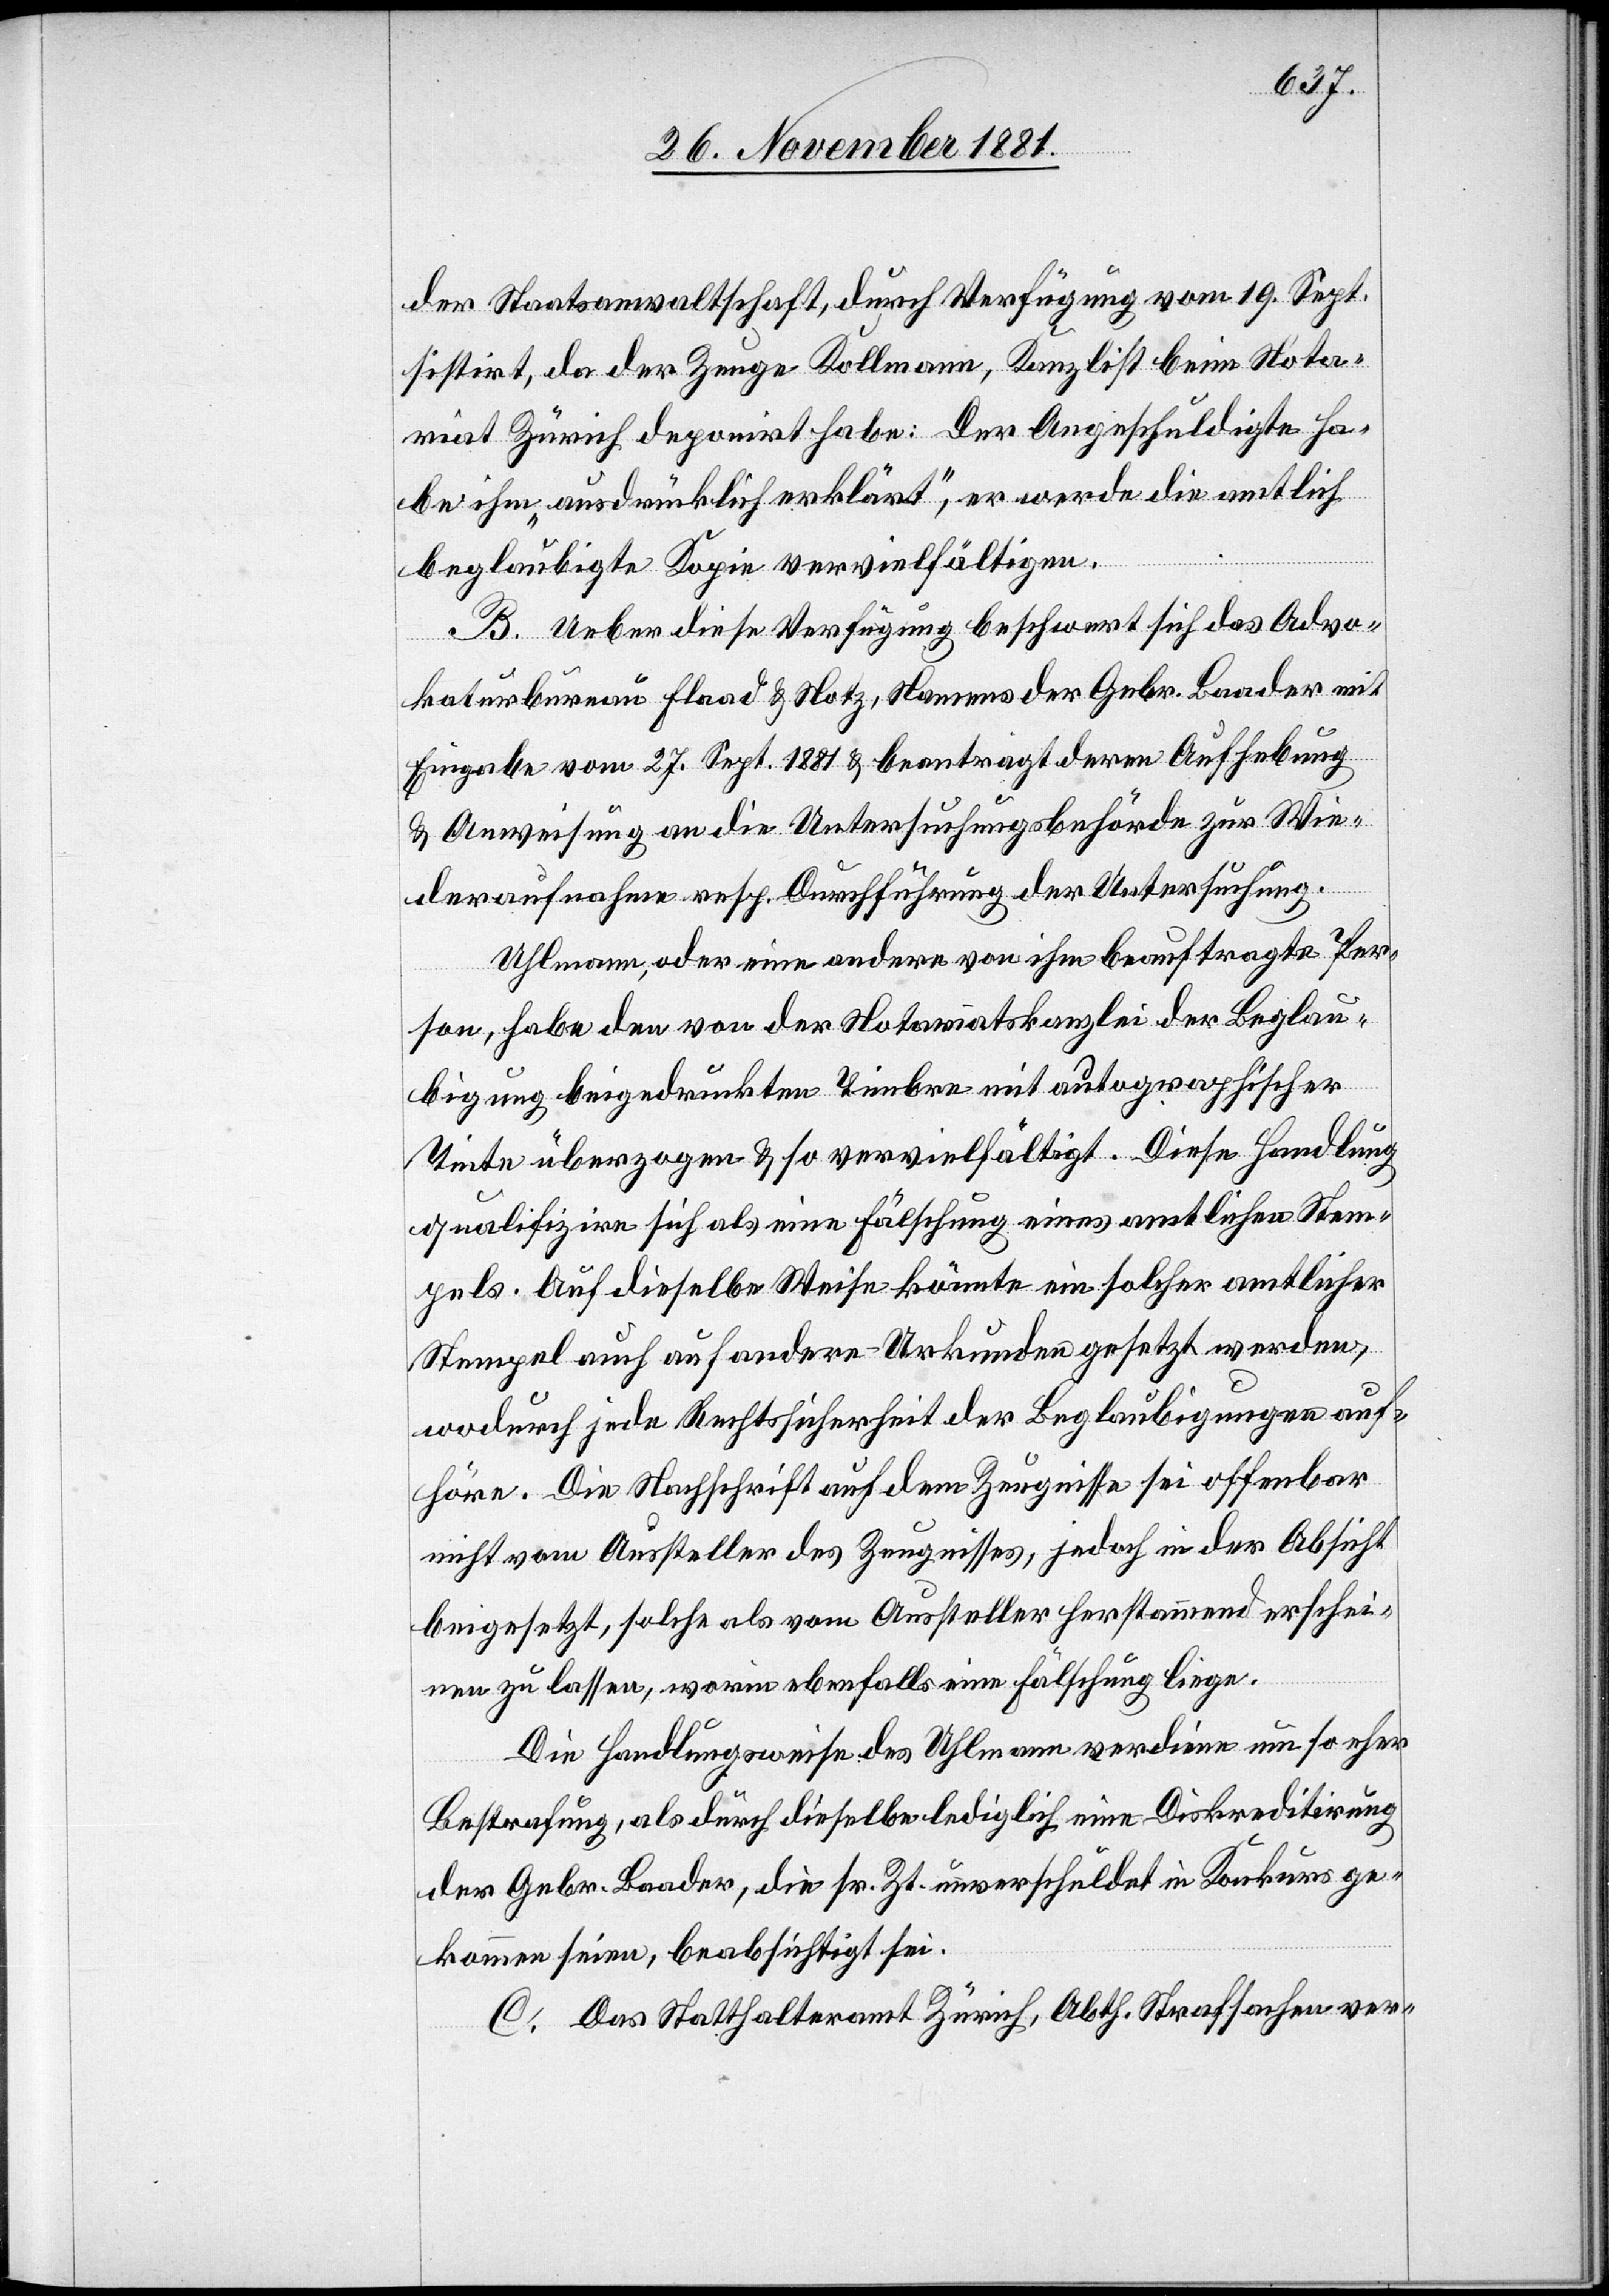
der Staatsanwaltschaft, durch Verfügung vom 19. Sept.
sistirt, da der Zeuge Kollmann, Kanzlist beim Nota¬
riat Zürich deponirt habe: Der Angeschuldigte ha¬
be ihm „ausdrücklich erklärt“, er werde die amtlich
beglaubigte Kopie vervielfältigen.
B. Ueber diese Verfügung beschwert sich das Advo¬
katurbureau Flaad & Notz, Namens der Gebr. Baader mit
Eingabe vom 27. Sept. 1881 & beantragt deren Aufhebung
& Anweisung an die Untersuchungsbehörde zur Wie¬
deraufnahme resp. Durchführung der Untersuchung.
Uhlmann, oder eine andere von ihm beauftragte Per¬
son, habe den von der Notariatskanzlei der Beglau¬
bigung beigedruckten Timbre mit autographischer
Tinte überzogen & so vervielfältigt. Diese Handlung
qualifizire sich als eine Fälschung eines amtlichen Stem¬
pels. Auf dieselbe Weise könnte ein solcher amtlicher
Stempel auch auf andere Urkunden gesetzt werden,
wodurch jede Rechtssicherheit der Beglaubigung auf¬
höre. Die Nachschrift auf dem Zeugnisse sei offenbar
nicht vom Aussteller des Zeugnisses, jedoch in der Absicht
beigesetzt, solche als vom Aussteller herstammend erschei¬
nen zu lassen, worin ebenfalls eine Fälschung liege.
Die Handlungsweise des Uhlmann verdiene um so eher
Bestrafung, als durch dieselbe lediglich eine Diskreditirung
der Gebr. Baader, die sr. Zt. unverschuldet in Konkurs ge¬
kommen seien, beabsichtigt sei.
C. Das Statthalteramt Zürich, Abth. Strafsachen ver-